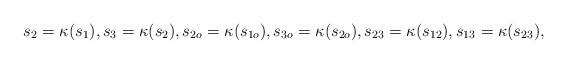
LaTeX: \begin{align*} s_2 = \kappa(s_1), s_3 = \kappa(s_2), s_{2o} = \kappa(s_{1o}), s_{3o} = \kappa(s_{2o}), s_{23} = \kappa(s_{12}), s_{13} = \kappa(s_{23}), \end{align*}